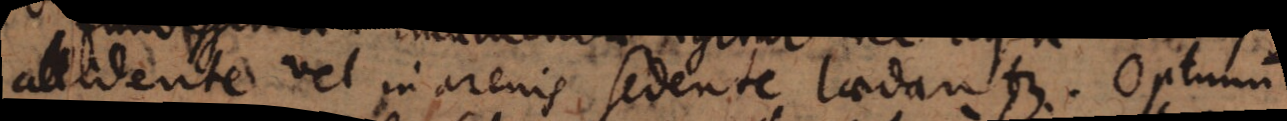
allidente vel in arenis sedente laedantur. Optimum